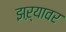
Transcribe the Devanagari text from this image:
झऱ्यावर